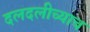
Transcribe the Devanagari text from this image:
दलदलीच्याच